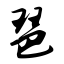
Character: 琶